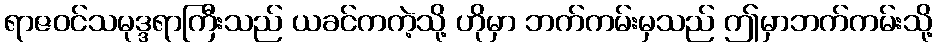
ရာဇဝင်သမုဒ္ဒရာကြီးသည် ယခင်ကကဲ့သို့ ဟိုမှာ ဘက်ကမ်းမှသည် ဤမှာဘက်ကမ်းသို့